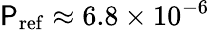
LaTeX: \mathsf{P}_{\mathrm{{ref}}}\approx6.8\times10^{-6}